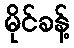
မိုင်ခန့်